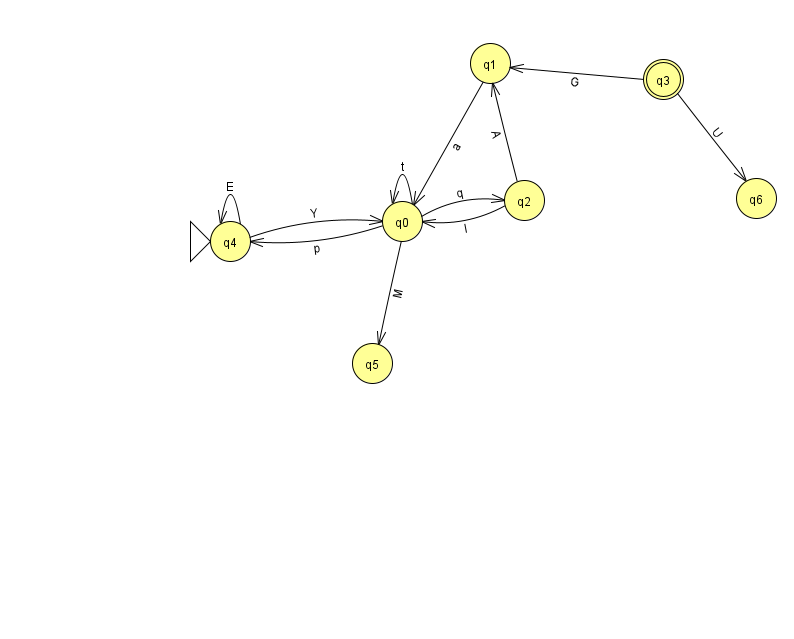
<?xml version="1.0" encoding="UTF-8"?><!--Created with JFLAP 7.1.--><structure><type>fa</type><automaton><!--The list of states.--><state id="0" name="q0"><x>402.0</x><y>208.0</y></state><state id="1" name="q1"><x>490.0</x><y>50.0</y></state><state id="2" name="q2"><x>524.0</x><y>187.0</y></state><state id="3" name="q3"><x>663.0</x><y>66.0</y><final/></state><state id="4" name="q4"><x>230.0</x><y>228.0</y><initial/></state><state id="5" name="q5"><x>372.0</x><y>350.0</y></state><state id="6" name="q6"><x>756.0</x><y>185.0</y></state><!--The list of transitions.--><transition><from>1</from><to>0</to><read>a</read></transition><transition><from>3</from><to>6</to><read>U</read></transition><transition><from>0</from><to>4</to><read>p</read></transition><transition><from>0</from><to>0</to><read>t</read></transition><transition><from>4</from><to>4</to><read>E</read></transition><transition><from>2</from><to>0</to><read>l</read></transition><transition><from>0</from><to>2</to><read>q</read></transition><transition><from>2</from><to>1</to><read>A</read></transition><transition><from>3</from><to>1</to><read>G</read></transition><transition><from>4</from><to>0</to><read>Y</read></transition><transition><from>0</from><to>5</to><read>M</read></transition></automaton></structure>